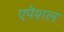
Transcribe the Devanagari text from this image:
एपेशल